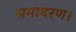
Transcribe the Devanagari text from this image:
समादरण।